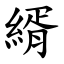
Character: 縃